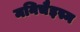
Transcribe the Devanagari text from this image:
मनिचैइस्म